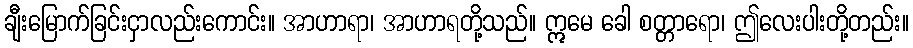
ချီးမြောက်ခြင်းငှာလည်းကောင်း။ အာဟာရာ၊ အာဟာရတို့သည်။ ဣမေ ခေါ စတ္တာရော၊ ဤလေးပါးတို့တည်း။